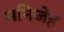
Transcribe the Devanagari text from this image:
मनिजेह